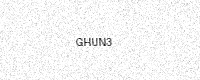
Text: GHUN3